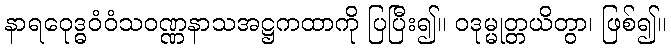
နာရဝေုဒ္ဓဝံဝံသဝဏ္ဏနာသအဋ္ဌကထာကို ပြပြီး၍။ ဝဒုမ္မုတ္တယိတွာ၊ ဖြစ်၍။